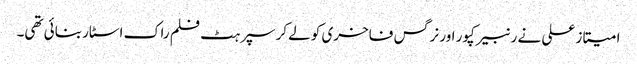
امیتاز علی نے رنبیر کپور اور نرگس فاخری کو لےکر سپرہٹ فلم راک اسٹار بنائی تھی۔